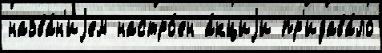
назва́н'иjем настро́ен а́кциjи пр'идава́ло